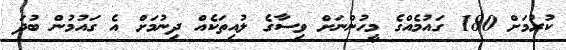
ކުރުމަށް 180 ގައުމެއްގެ މީހުންނަށް ވިސާގެ ލުއިތަކެއް ދިނުމަށް އެ ގައުމުން ބުދަ